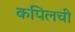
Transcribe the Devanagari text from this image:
कपिलची